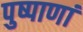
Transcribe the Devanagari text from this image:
पुष्पाणां